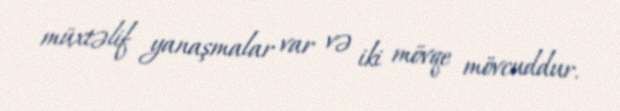
müxtəlif yanaşmalar var və iki mövqe mövcuddur.